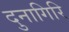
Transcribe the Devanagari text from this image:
दुनागिरि